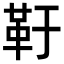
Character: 䩒